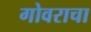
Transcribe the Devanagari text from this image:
गोवराचा